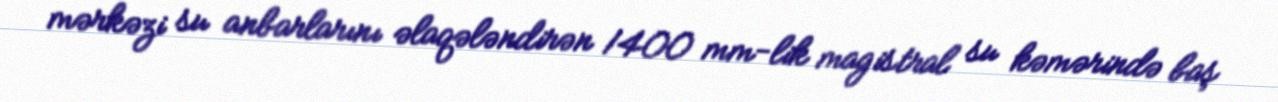
mərkəzi su anbarlarını əlaqələndirən 1400 mm-lik magistral su kəmərində baş